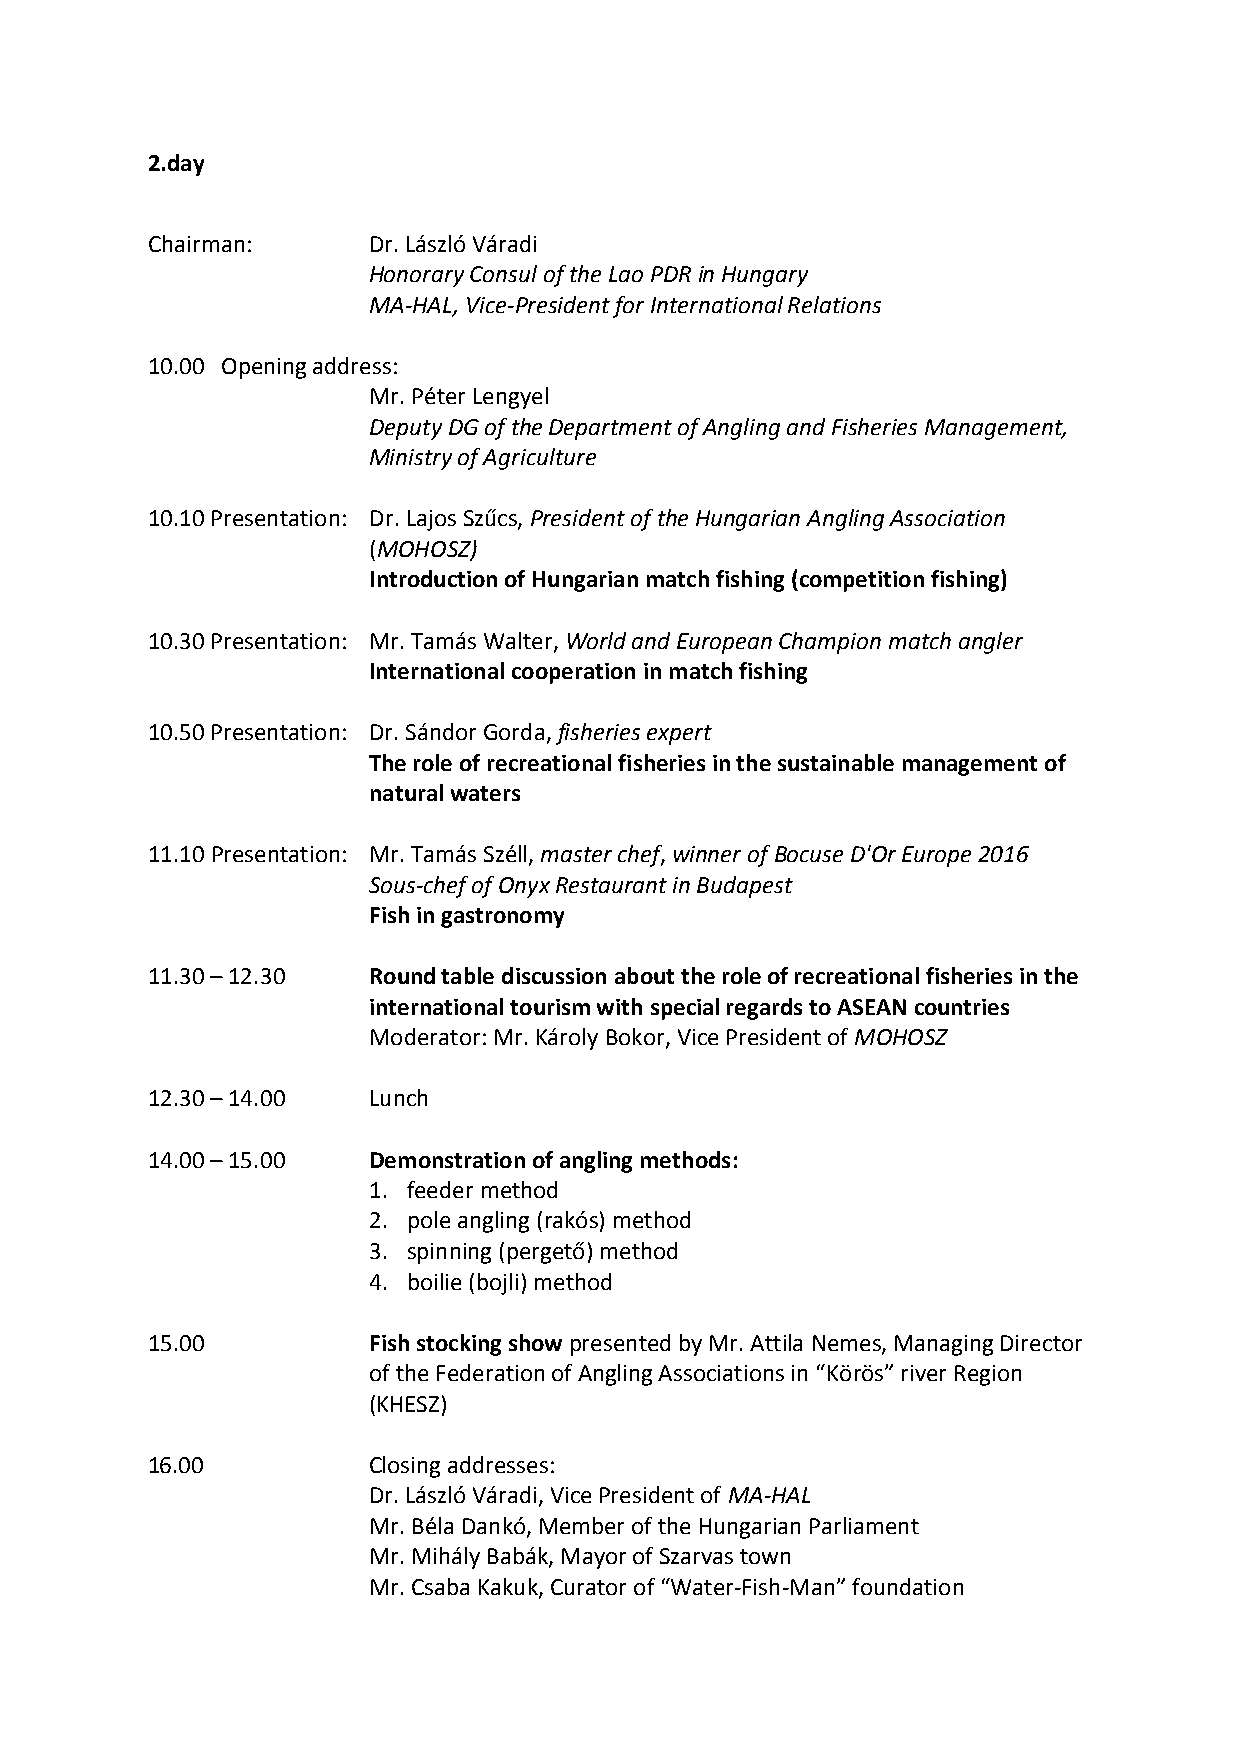
2.day
 Chairman:     Dr. László Váradi
 Honorary Consul of the Lao PDR in Hungary
 MA-HAL, Vice-President for International Relations
 10.00 Opening address:
 Mr. Péter Lengyel
 Deputy DG of the Department of Angling and Fisheries Management,
 Ministry of Agriculture
 10.10 Presentation: Dr. Lajos Szűcs, President of the Hungarian Angling Association
 (MOHOSZ)
 Introduction of Hungarian match fishing (competition fishing)
 10.30 Presentation: Mr. Tamás Walter, World and European Champion match angler
 International cooperation in match fishing
 10.50 Presentation: Dr. Sándor Gorda, fisheries expert
 The role of recreational fisheries in the sustainable management of
 natural waters
 11.10 Presentation: Mr. Tamás Széll, master chef, winner of Bocuse D'Or Europe 2016
 Sous-chef of Onyx Restaurant in Budapest
 Fish in gastronomy
 11.30 – 12.30 Round table discussion about the role of recreational fisheries in the
 international tourism with special regards to ASEAN countries
 Moderator: Mr. Károly Bokor, Vice President of MOHOSZ
 12.30 – 14.00 Lunch
 14.00 – 15.00 Demonstration of angling methods:
 1. feeder method
 2. pole angling (rakós) method
 3. spinning (pergető) method
 4. boilie (bojli) method
 15.00         Fish stocking show presented by Mr. Attila Nemes, Managing Director
 of the Federation of Angling Associations in “Körös” river Region
 (KHESZ)
 16.00         Closing addresses:
 Dr. László Váradi, Vice President of MA-HAL
 Mr. Béla Dankó, Member of the Hungarian Parliament
 Mr. Mihály Babák, Mayor of Szarvas town
 Mr. Csaba Kakuk, Curator of “Water-Fish-Man” foundation